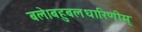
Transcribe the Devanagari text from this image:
बले।बहुबलधारिणीम्